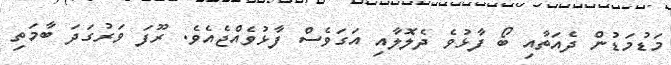
މަޑުމަޑުން ދެއަތާއި ބޯ ފާޅުވެ ދެލޮލާއި އަގަވެސް ފާޅުވެއްޖެއެވެ. ރޫފަ ވަރުގަދަ ބާމަތި